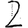
Digit: 2